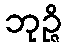
ဘုဉ္ဇိ